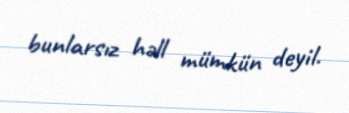
bunlarsız həll mümkün deyil.